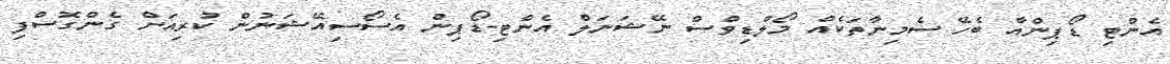
އެންޓި ޑޯޕިންއާ ބެހޭ ސެމިނާތަކެއް މޯލްޑިވްސް ނޭޝަނަލް އެންޓި-ޑޯޕިން އެސޯސިއޭޝަނުން ކުރިއަށް ގެންގޮސްފި